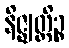
နိဇ္ဈတ္တိဉ္စ